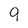
Character: 9